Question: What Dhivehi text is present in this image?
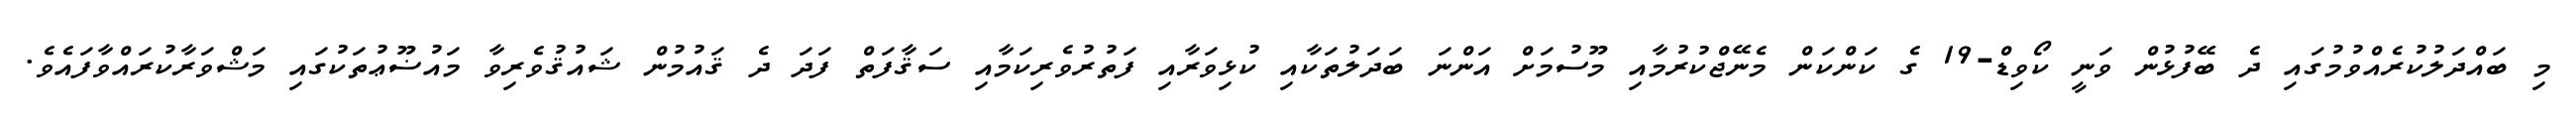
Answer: މި ބައްދަލުކުރެއްވުމުގައި ދެ ބޭފުޅުން ވަނީ ކޯވިޑް-19 ގެ ކަންކަން މެނޭޖްކުރުމާއި މޫސުމަށް އަންނަ ބަދަލުތަކާއި ކުޅިވަރާއި ފަތުރުވެރިކަމާއި ސަޤާފަތް ފަދަ ދެ ޤައުމުން ޝައުޤުވެރިވާ މައުޟޫޢުތަކުގައި މަޝްވަރާކުރައްވާފައެވެ.